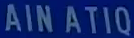
AINATIQ